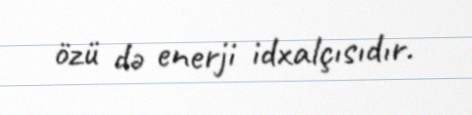
özü də enerji idxalçısıdır.